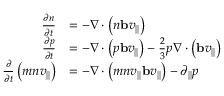
\begin{array} { r l } { \frac { \partial n } { \partial t } } & { = - \nabla \cdot \left( n \mathbf { b } v _ { | | } \right) } \\ { \frac { \partial p } { \partial t } } & { = - \nabla \cdot \left( p \mathbf { b } v _ { | | } \right) - \frac { 2 } { 3 } p \nabla \cdot \left( \mathbf { b } v _ { | | } \right) } \\ { \frac { \partial } { \partial t } \left( m n v _ { | | } \right) } & { = - \nabla \cdot \left( m n v _ { | | } \mathbf { b } v _ { | | } \right) - \partial _ { | | } p } \end{array}